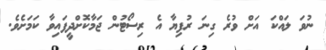
ނުވަ ލައްކަ އަށް ވުރެ ގިނަ ރުފިޔާ އެ ރިސޯޓުން ޖަމާކޮށްދީފައިވާ ކަމަށެވެ.